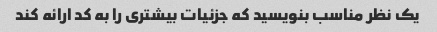
یک نظر مناسب بنویسید که جزئیات بیشتری را به کد ارائه کند